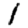
Digit: 1